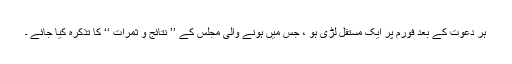
ہر دعوت کے بعد فورم پر ایک مستقل لڑی ہو ، جس میں ہونے والی مجلس کے ’’ نتائج و ثمرات ‘‘ کا تذکرہ کیا جائے ۔